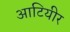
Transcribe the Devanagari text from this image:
आटियीर